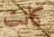
كانت